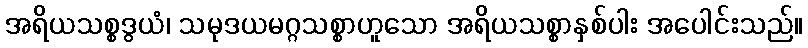
အရိယသစ္စဒွယံ၊ သမုဒယမဂ္ဂသစ္စာဟူသော အရိယသစ္စာနှစ်ပါး အပေါင်းသည်။